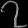
Digit: ၇